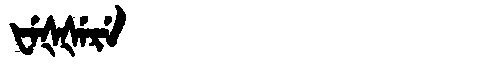
Manchu: ᡶᡝᡧᡧᡝᡵᡝ
Romanization: FEŠŠERE